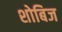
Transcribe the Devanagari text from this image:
शोबिज